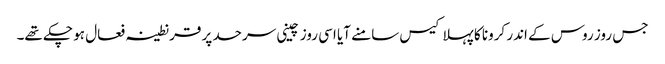
جس روز روس کے اندر کرونا کا پہلا کیس سامنے آیا اسی روز چینی سرحد پر قرنطینہ فعال ہو چکے تھے۔